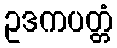
ဥဒကပတ္တံ